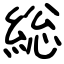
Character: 総